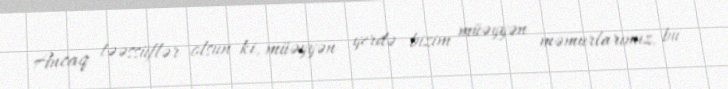
Ancaq təəssüflər olsun ki, müəyyən yerdə bizim müəyyən məmurlarımız, bu